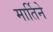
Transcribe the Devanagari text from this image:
मार्तिने